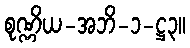
စုဏ္ဏိယ-အဘိ-၁-ဋ္ဌ၃။